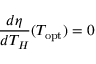
{ \frac { d \eta } { d T _ { H } } } ( T _ { \mathrm { o p t } } ) = 0